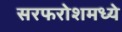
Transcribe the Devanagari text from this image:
सरफरोशमध्ये